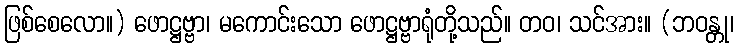
ဖြစ်စေလော။) ဖောဋ္ဌဗ္ဗာ၊ မကောင်းသော ဖောဋ္ဌဗ္ဗာရုံတို့သည်။ တဝ၊ သင်အား။ (ဘဝန္တု၊